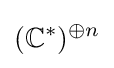
(\mathbb {C} ^{*})^{\oplus n}